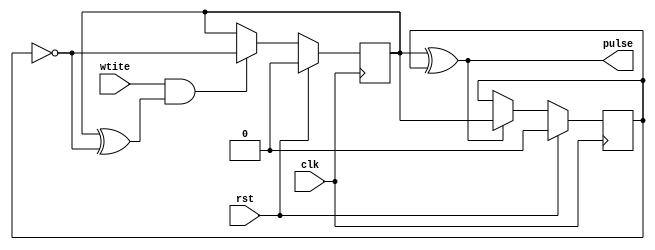
`timescale 1ns / 1ps
//////////////////////////////////////////////////////////////////////////////////
// Company: 
// Engineer: 
// 
// Design Name: 
// Module Name: util
// Project Name: 
// Target Devices: 
// Tool Versions: 
// Description: 
// 
// Dependencies: 
// 
// Revision:
// Revision 0.01 - File Created
// Additional Comments:
// 
//////////////////////////////////////////////////////////////////////////////////


module reg_write_generator(
	input rst,
	input clk,
	input wtite,
	output pulse
    );

reg write_to_reg_p = 0;
reg write_to_reg_n = 0;

always @ (posedge clk)
begin
	if(rst)
		write_to_reg_p <= 0;
	else
	begin
		if(wtite && write_to_reg_p ^ ~write_to_reg_n)
			write_to_reg_p <= ~write_to_reg_n;
	end
end
    
always @ (negedge clk)
begin
	if(rst)
		write_to_reg_n <= 0;
	else
	begin
		if(write_to_reg_p ^ write_to_reg_n)
			write_to_reg_n <= write_to_reg_p;
	end
end

assign pulse = write_to_reg_p ^ write_to_reg_n;

endmodule